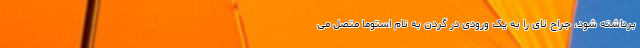
برداشته شود، جراح نای را به یک ورودی در گردن به نام استوما متصل می